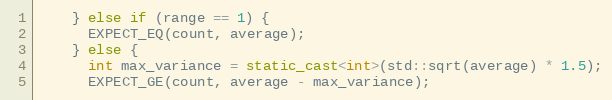
Language: C++
    } else if (range == 1) {
      EXPECT_EQ(count, average);
    } else {
      int max_variance = static_cast<int>(std::sqrt(average) * 1.5);
      EXPECT_GE(count, average - max_variance);